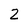
Character: 2